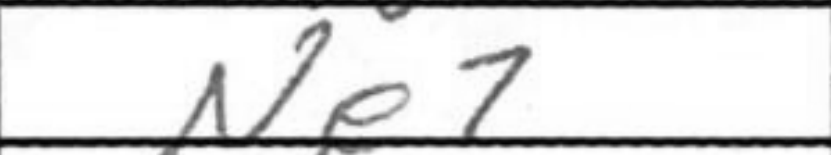
Transcription: Ne7